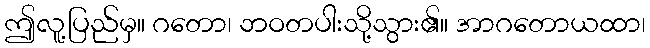
ဤလူ့ပြည်မှ။ ဂတော၊ ဘဝတပါးသို့သွား၏။ အာဂတောယထာ၊